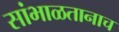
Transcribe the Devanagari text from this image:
सांभाळतानाच